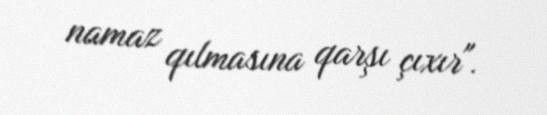
namaz qılmasına qarşı çıxır".